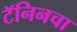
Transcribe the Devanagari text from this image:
टॅनिनचा